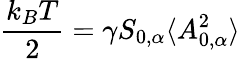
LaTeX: \frac{k_{B}T}{2}=\gamma S_{0,\alpha}\langle A_{0,\alpha}^{2}\rangle